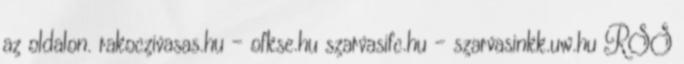
az oldalon. rakoczivasas.hu – ofkse.hu szarvasifc.hu – szarvasinkk.uw.hu RSS